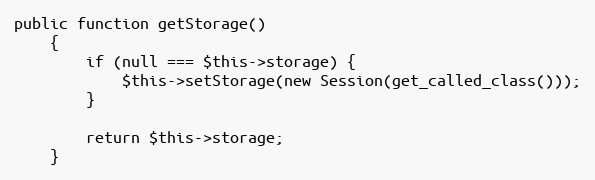
Language: PHP
public function getStorage()
    {
        if (null === $this->storage) {
            $this->setStorage(new Session(get_called_class()));
        }

        return $this->storage;
    }